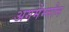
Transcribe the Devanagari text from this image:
अगमेम्नोन